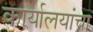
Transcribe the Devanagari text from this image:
कार्यालयांचा